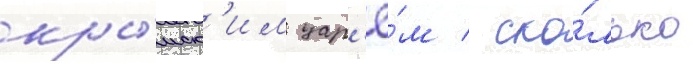
кры́мск'им цар'ё́м / ско́лько